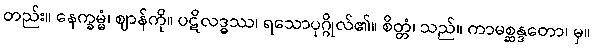
တည်း။ နေက္ခမ္မံ၊ ဈာန်ကို။ ပဋိလဒ္ဓဿ၊ ရသောပုဂ္ဂိုလ်၏။ စိတ္တံ၊ သည်။ ကာမစ္ဆန္ဒတော၊ မှ။